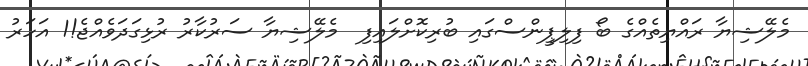
މެލޭޝިޔާ ރައްޔިތެއްގެ ބޯ ފިލިޕީންސްގައި ބުރިކޮށްލައިފި  މެލޭޝިޔާ ސަރުކާރު ރުޅިގަދަވެއްޖެ!1 އަހަރު